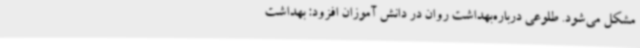
مشکل می‌شود. طلوعی درباره‌بهداشت روان در دانش آموزان افزود: بهداشت